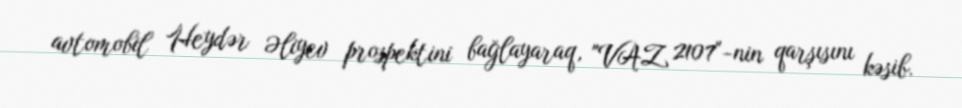
avtomobil Heydər Əliyev prospektini bağlayaraq, "VAZ 2107"-nin qarşısını kəsib.